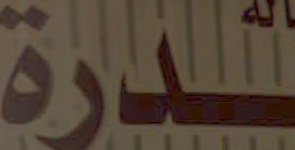
قدرة